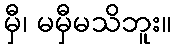
မှီ၊ မမှီမသိဘူး။